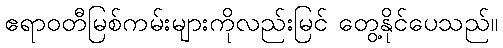
ဧရာဝတီမြစ်ကမ်းများကိုလည်းမြင် တွေ့နိုင်ပေသည်။